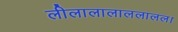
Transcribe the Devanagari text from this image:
लीलालालाललालल।